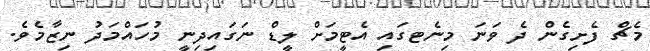
މެޗް ފެށިގެން ދެ ވަނަ މިނެޓގައި އެޓީމަށް ލީޑް ނަގައިދިނީ މުހައްމަދު ނިޒާމެވެ.